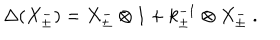
\Delta ( X _ { \pm } ^ { - } ) = X _ { \pm } ^ { - } \otimes 1 + k _ { \pm } ^ { - 1 } \otimes X _ { \pm } ^ { - } ~ .